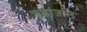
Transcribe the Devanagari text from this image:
ऋद्धांजलि